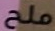
ملح